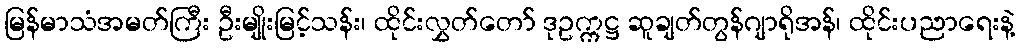
မြန်မာသံအမတ်ကြီး ဦးမျိုးမြင့်သန်း၊ ထိုင်းလွှတ်တော် ဒုဥက္ကဋ္ဌ ဆူချတ်တွန်ဂျာရိုအန်၊ ထိုင်းပညာရေးနဲ့